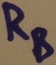
Text: RB